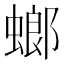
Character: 螂